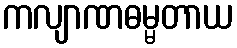
ကလျာဏဓမ္မတာယ